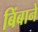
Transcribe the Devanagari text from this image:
बिंबाने